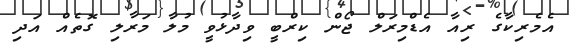
އެެމެރިކާގެ ރިއާ އެޑްމިރަލް ޖޯން ކިރްބީ ވިދާޅުވީ މުލާ މަރާލި ގޮތެއް އަދި